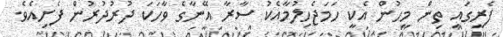
ފެރީގައި ތިން މީހުން އެކީ ހަމަޖެހިލުމާއެކު ސާރާ އޭނާގެ ވާހަކަ ދުރުދުރުން ފެށިއެވެ.